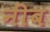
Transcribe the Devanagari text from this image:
नींब